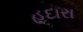
હદારા